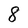
Character: 8